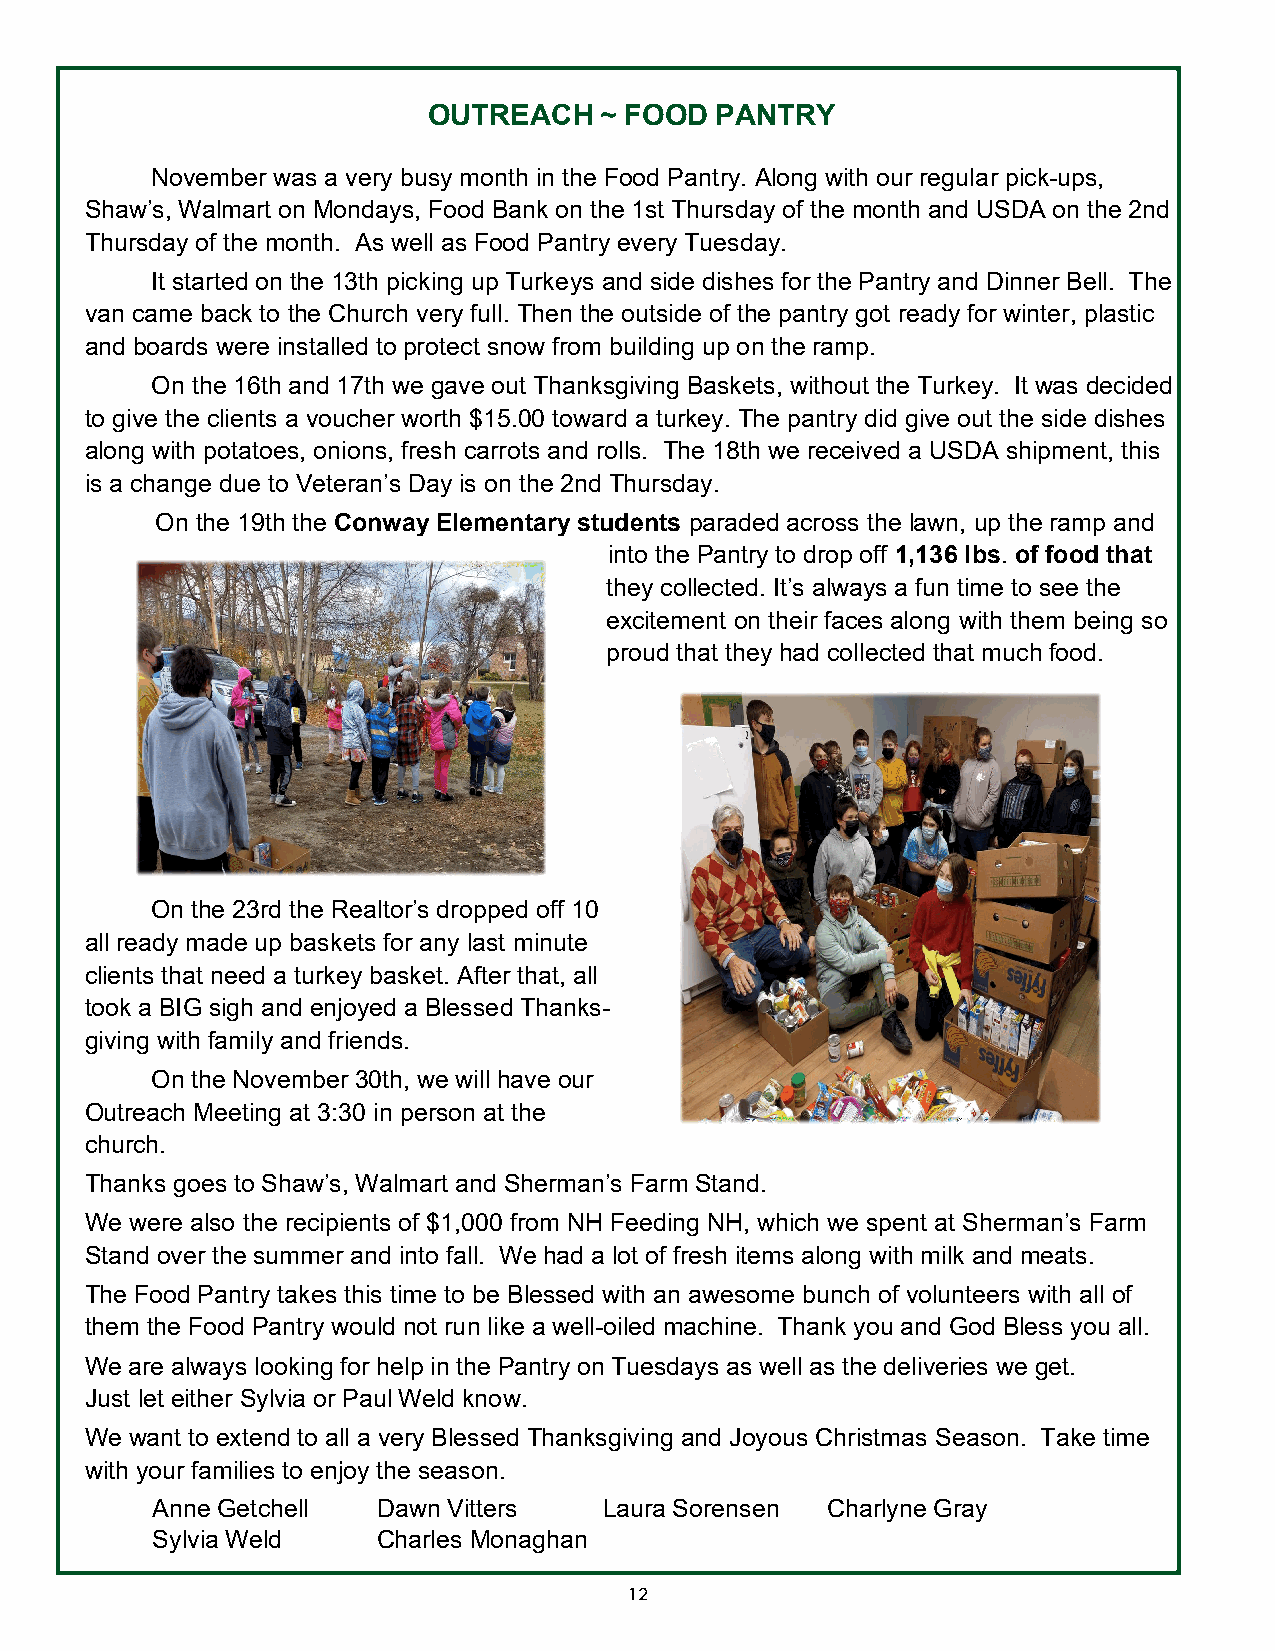
OUTREACH    ~ FOOD PANTRY
 November was a very busy month in the Food Pantry. Along with our regular pick-ups,
 Shaw’s, Walmart on Mondays, Food Bank on the 1st Thursday of the month and USDA on the 2nd
 Thursday of the month. As well as Food Pantry every Tuesday.
 It started on the 13th picking up Turkeys and side dishes for the Pantry and Dinner Bell. The
 van came back to the Church very full. Then the outside of the pantry got ready for winter, plastic
 and boards were installed to protect snow from building up on the ramp.
 On the 16th and 17th we gave out Thanksgiving Baskets, without the Turkey. It was decided
 to give the clients a voucher worth $15.00 toward a turkey. The pantry did give out the side dishes
 along with potatoes, onions, fresh carrots and rolls. The 18th we received a USDA shipment, this
 is a change due to Veteran’s Day is on the 2nd Thursday.
 On the 19th the Conway Elementary students paraded across the lawn, up the ramp and
 into the Pantry to drop off 1,136 lbs. of food that
 they collected. It’s always a fun time to see the
 excitement on their faces along with them being so
 proud that they had collected that much food.
 On the 23rd the Realtor’s dropped off 10
 all ready made up baskets for any last minute
 clients that need a turkey basket. After that, all
 took a BIG sigh and enjoyed a Blessed Thanks-
 giving with family and friends.
 On the November 30th, we will have our
 Outreach Meeting at 3:30 in person at the
 church.
 Thanks goes to Shaw’s, Walmart and Sherman’s Farm Stand.
 We were also the recipients of $1,000 from NH Feeding NH, which we spent at Sherman’s Farm
 Stand over the summer and into fall. We had a lot of fresh items along with milk and meats.
 The Food Pantry takes this time to be Blessed with an awesome bunch of volunteers with all of
 them the Food Pantry would not run like a well-oiled machine. Thank you and God Bless you all.
 We are always looking for help in the Pantry on Tuesdays as well as the deliveries we get.
 Just let either Sylvia or Paul Weld know.
 We want to extend to all a very Blessed Thanksgiving and Joyous Christmas Season. Take time
 with your families to enjoy the season.
 Anne Getchell  Dawn Vitters   Laura Sorensen Charlyne Gray
 Sylvia Weld    Charles Monaghan
 12